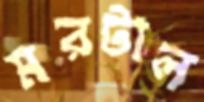
মরটাল